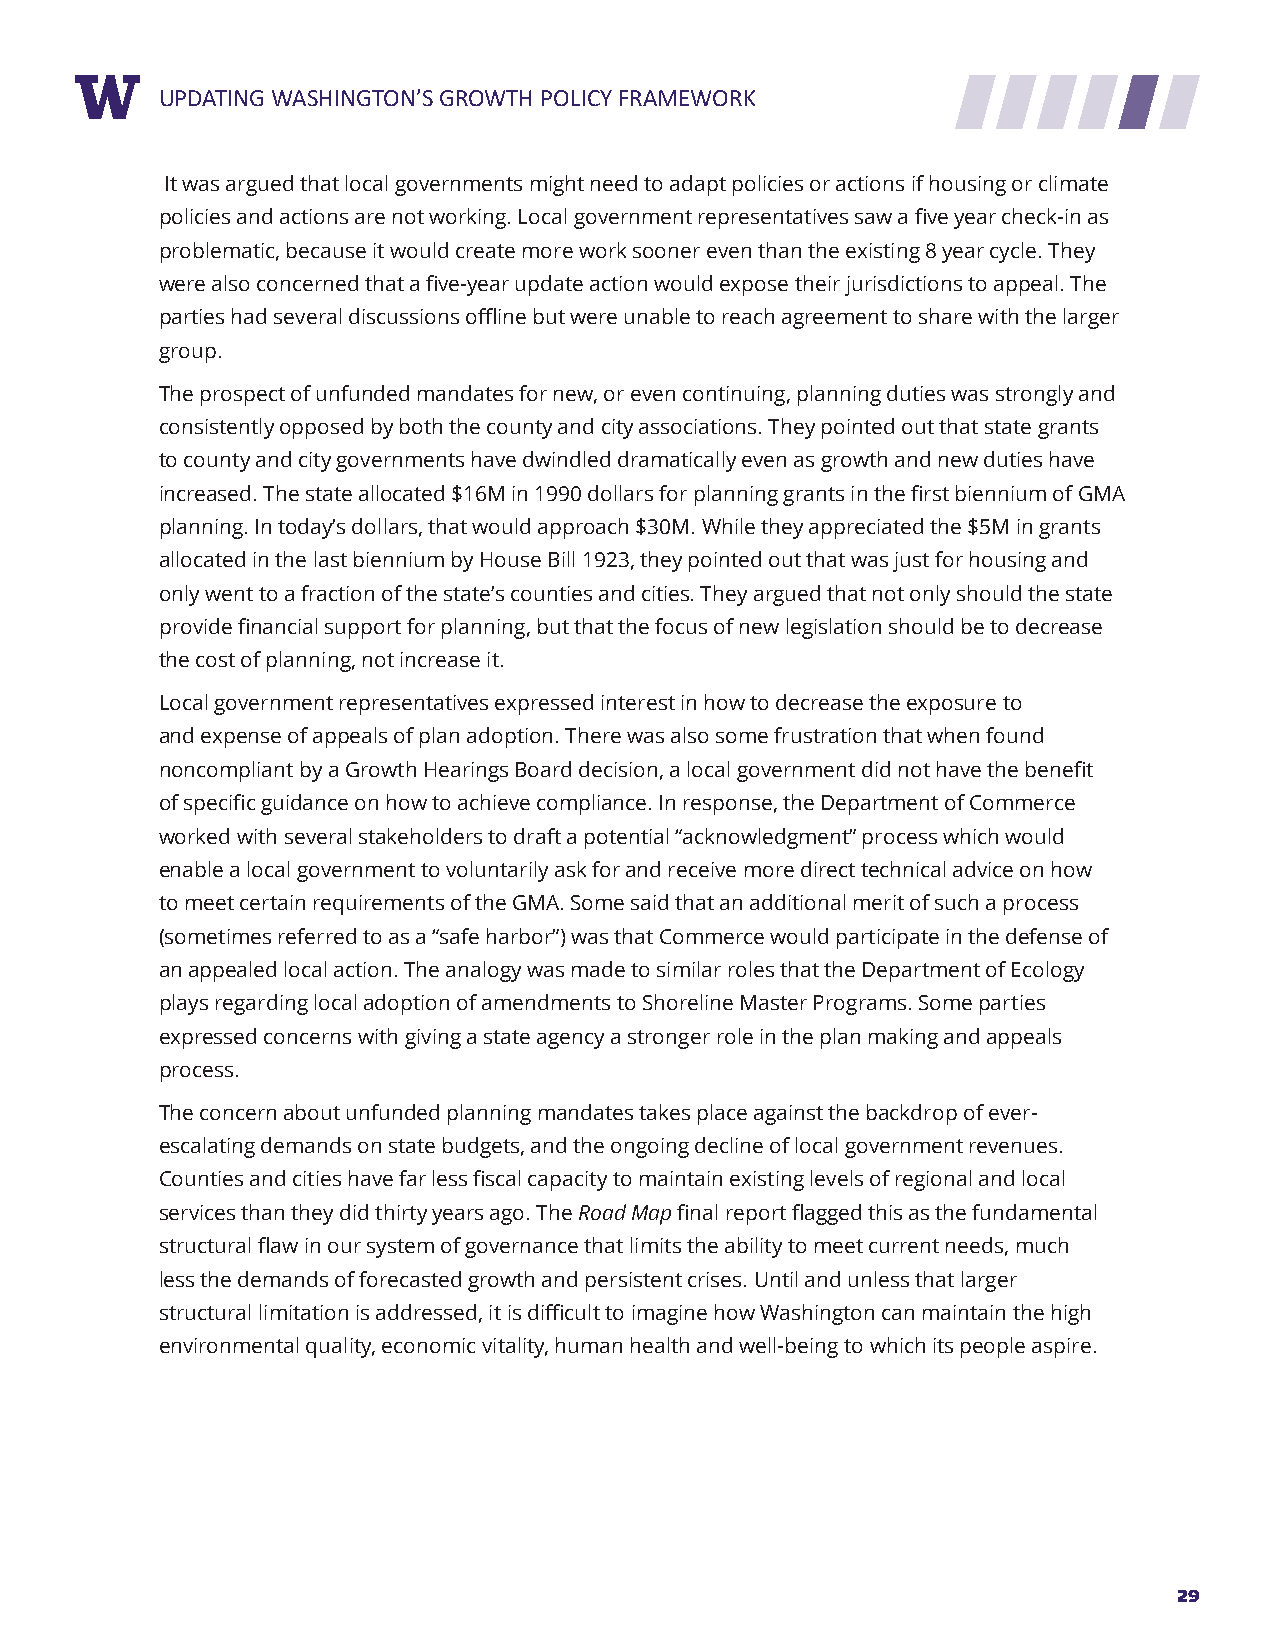
RUEPPDOARTTIN TGIT WLEASHINGTON’S GROWTH POLICY FRAMEWORK
 It was argued that local governments might need to adapt policies or actions if housing or climate
 policies and actions are not working. Local government representatives saw a five year check-in as
 problematic, because it would create more work sooner even than the existing 8 year cycle. They
 were also concerned that a five-year update action would expose their jurisdictions to appeal. The
 parties had several discussions offline but were unable to reach agreement to share with the larger
 group.
 The prospect of unfunded mandates for new, or even continuing, planning duties was strongly and
 consistently opposed by both the county and city associations. They pointed out that state grants
 to county and city governments have dwindled dramatically even as growth and new duties have
 increased. The state allocated $16M in 1990 dollars for planning grants in the first biennium of GMA
 planning. In today’s dollars, that would approach $30M. While they appreciated the $5M in grants
 allocated in the last biennium by House Bill 1923, they pointed out that was just for housing and
 only went to a fraction of the state’s counties and cities. They argued that not only should the state
 provide financial support for planning, but that the focus of new legislation should be to decrease
 the cost of planning, not increase it.
 Local government representatives expressed interest in how to decrease the exposure to
 and expense of appeals of plan adoption. There was also some frustration that when found
 noncompliant by a Growth Hearings Board decision, a local government did not have the benefit
 of specific guidance on how to achieve compliance. In response, the Department of Commerce
 worked with several stakeholders to draft a potential “acknowledgment” process which would
 enable a local government to voluntarily ask for and receive more direct technical advice on how
 to meet certain requirements of the GMA. Some said that an additional merit of such a process
 (sometimes referred to as a “safe harbor”) was that Commerce would participate in the defense of
 an appealed local action. The analogy was made to similar roles that the Department of Ecology
 plays regarding local adoption of amendments to Shoreline Master Programs. Some parties
 expressed concerns with giving a state agency a stronger role in the plan making and appeals
 process.
 The concern about unfunded planning mandates takes place against the backdrop of ever-
 escalating demands on state budgets, and the ongoing decline of local government revenues.
 Counties and cities have far less fiscal capacity to maintain existing levels of regional and local
 services than they did thirty years ago. The Road Map final report flagged this as the fundamental
 structural flaw in our system of governance that limits the ability to meet current needs, much
 less the demands of forecasted growth and persistent crises. Until and unless that larger
 structural limitation is addressed, it is difficult to imagine how Washington can maintain the high
 environmental quality, economic vitality, human health and well-being to which its people aspire.
 29